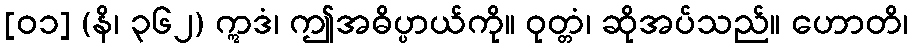
[၀၁] (နိ၊ ၃၆၂) ဣဒံ၊ ဤအဓိပ္ပာယ်ကို။ ဝုတ္တံ၊ ဆိုအပ်သည်။ ဟောတိ၊